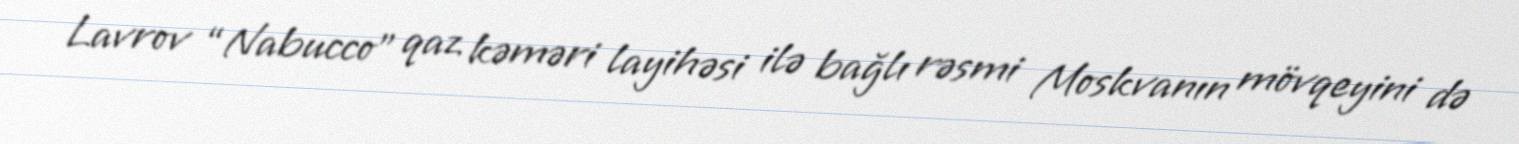
Lavrov “Nabucco” qaz kəməri layihəsi ilə bağlı rəsmi Moskvanın mövqeyini də